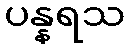
ပန္နရသ